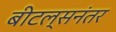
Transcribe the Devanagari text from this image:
बीटल्सनंतर